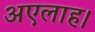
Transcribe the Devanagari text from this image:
अएलाह।